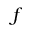
f